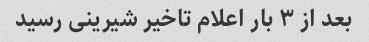
بعد از ۳ بار اعلام تاخیر شیرینی رسید